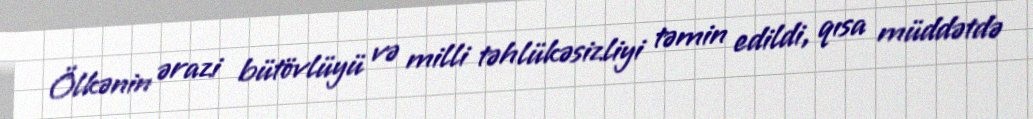
Ölkənin ərazi bütövlüyü və milli təhlükəsizliyi təmin edildi, qısa müddətdə